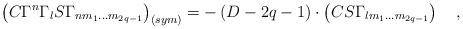
LaTeX: \begin{align*}\left( C\Gamma ^n\Gamma _lS\Gamma _{nm_1\ldots m_{2q-1}}\right)_{\left( sym\right) }=-\left( D-2q-1\right) \cdot \left( CS\Gamma_{lm_1\ldots m_{2q-1}}\right) \quad ,\end{align*}